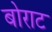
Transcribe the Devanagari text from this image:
बोराट